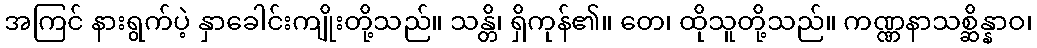
အကြင် နားရွက်ပဲ့ နှာခေါင်းကျိုးတို့သည်။ သန္တိ၊ ရှိကုန်၏။ တေ၊ ထိုသူတို့သည်။ ကဏ္ဏနာသစ္ဆိန္နာဝ၊